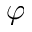
\varphi